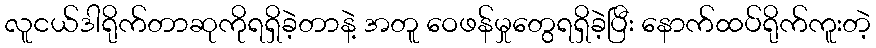
လူငယ်ဒါရိုက်တာဆုကိုရရှိခဲ့တာနဲ့ အတူ ဝေဖန်မှုတွေရရှိခဲ့ပြီး နောက်ထပ်ရိုက်ကူးတဲ့